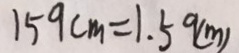
1 5 9 c m = 1 . 5 9 ( m )